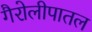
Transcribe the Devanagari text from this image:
गैरोलीपातल